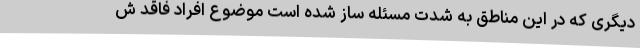
دیگری که در این مناطق به شدت مسئله ساز شده است موضوع افراد فاقد ش